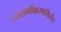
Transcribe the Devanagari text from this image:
रससमीकरणमितीय